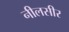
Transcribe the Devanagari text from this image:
नीलसीर